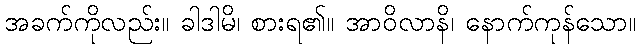
အခက်ကိုလည်း။ ခါဒါမိ၊ စားရ၏။ အာဝိလာနိ၊ နောက်ကုန်သော။